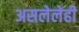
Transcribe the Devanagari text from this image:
असलेलेही